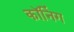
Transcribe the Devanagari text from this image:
कॉनिंग